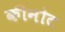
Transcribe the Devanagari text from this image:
कीनोट